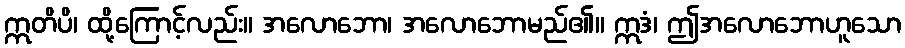
ဣတိပိ၊ ထို့ကြောင့်လည်း။ အလောဘော၊ အလောဘောမည်၏။ ဣဒံ၊ ဤအလောဘောဟူသော